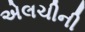
એલચીની